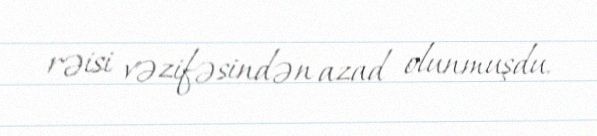
rəisi vəzifəsindən azad olunmuşdu.